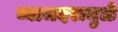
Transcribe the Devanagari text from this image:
व्याजदरामुळे